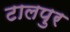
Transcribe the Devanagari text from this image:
टालपुर